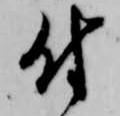
付